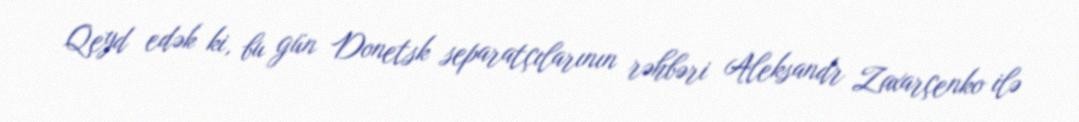
Qeyd edək ki, bu gün Donetsk separatçılarının rəhbəri Aleksandr Zaxarçenko ilə